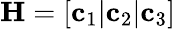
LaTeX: \mathbf{H}=\left[\mathbf{c}_{1}|\mathbf{c}_{2}|\mathbf{c}_{3}\right]